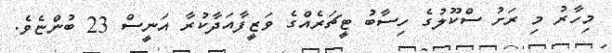
މިހާރު މި ރަށު ސްކޫލުގެ ހިސާބު ޓީޗަރެއްގެ ވަޒީފާއަދާކުރާ އަނީސް 23 ބުންޏެވެ.